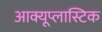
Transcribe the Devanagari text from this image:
आक्यूप्लास्टिक